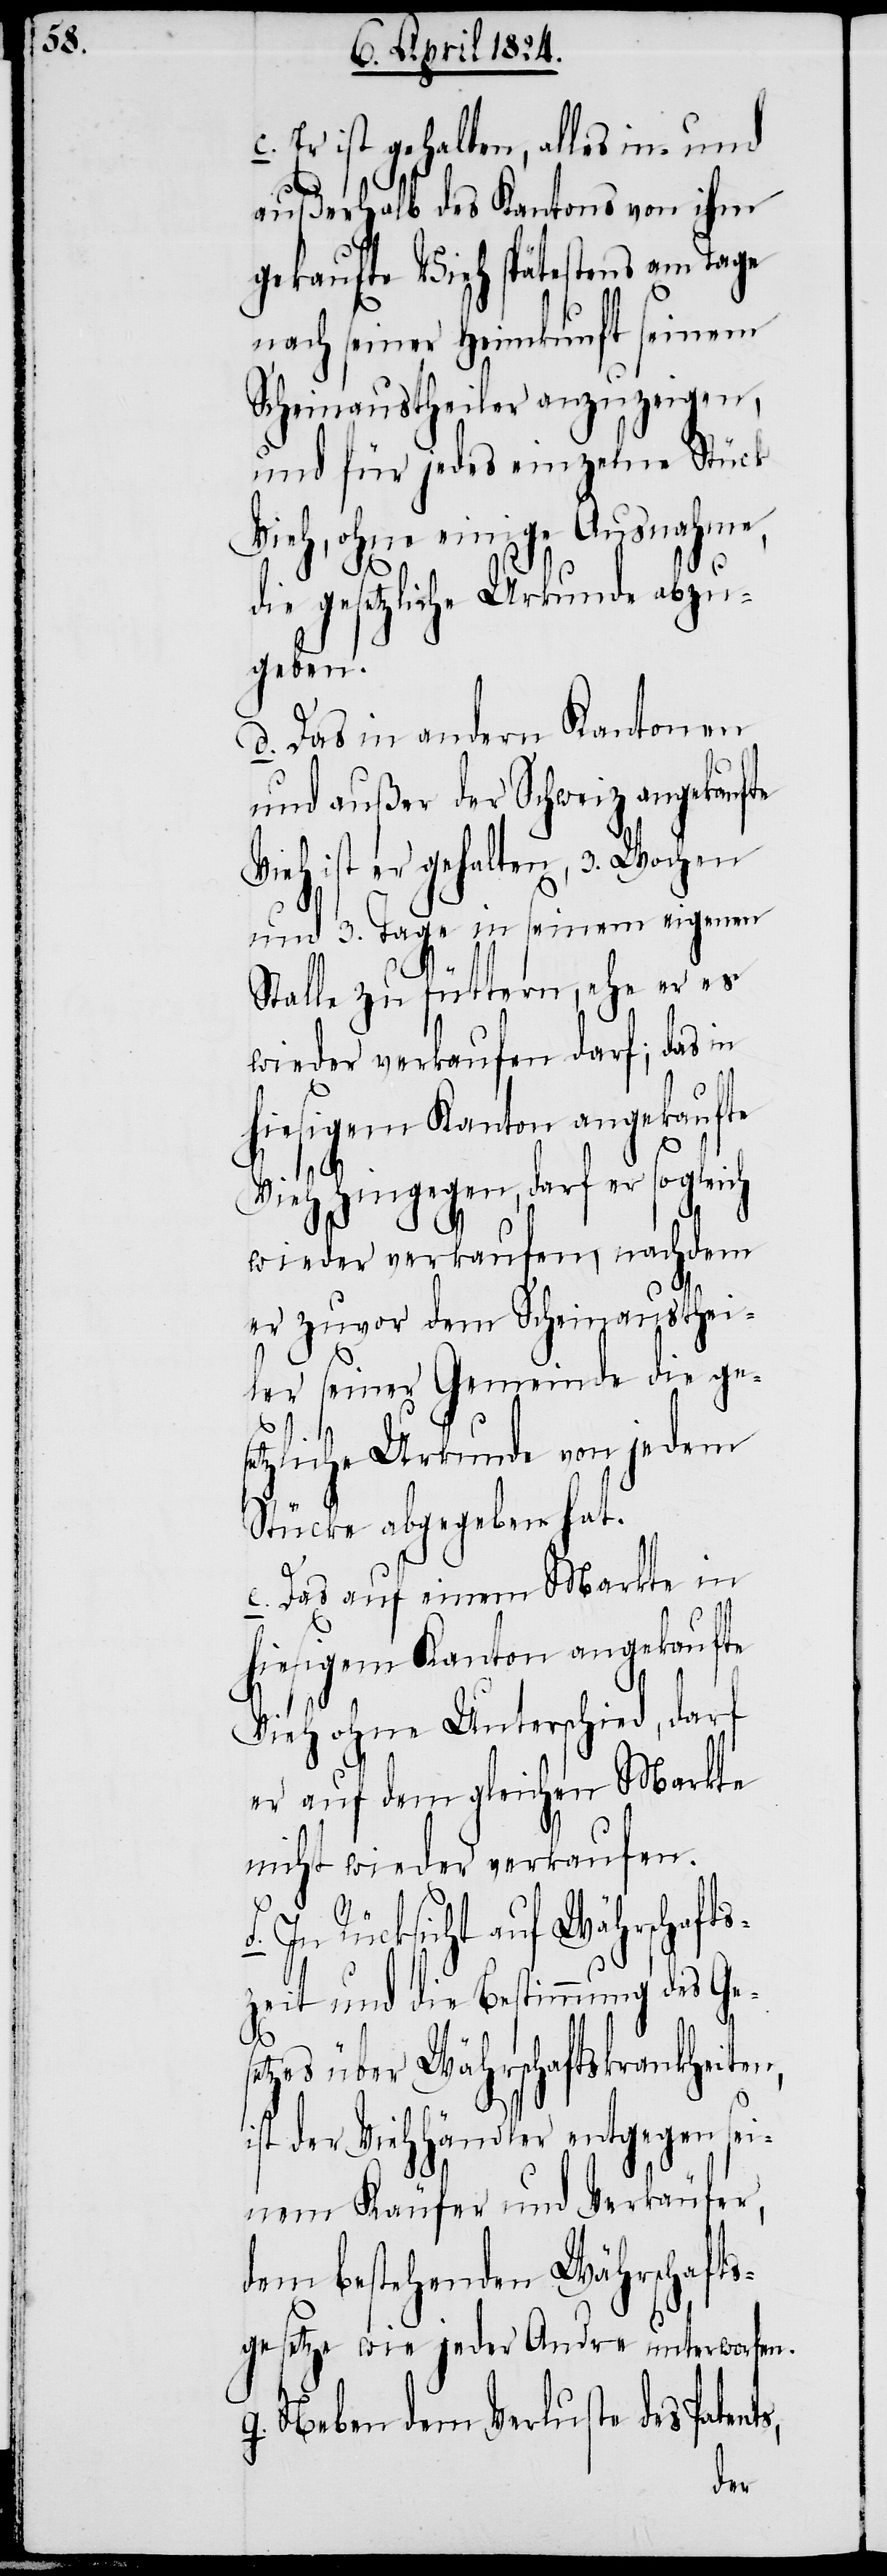
Er ist gehalten, alles in- und
ts,
außerhalb des Kantons von ihm
gekaufte Vieh spätestens am Tage
nach seiner Heimkunft seinem
Scheinaustheiler anzuzeigen,
und für jedes einzelne Stück
Vieh, ohne einige Ausnahme,
die gesetzliche Urkunde abzu¬
geben.
Das in andern Kantonen
und außer der Schweiz angekaufte
Vieh ist er gehalten, 3. Wochen
und 3. Tage in seinem eigenen
Stalle zu füttern, ehe er es
wieder verkaufen darf; das in
hiesigem Kanton angekaufte
c.)
Vieh hingegen, darf er sogleich
wieder verkaufen, nachdem
er zuvor dem Scheinausthei¬
ler seiner Gemeinde die ges¬
etzliche Urkunde von jedem
Stücke abgegeben hat.
e.) Das auf einem Markte in
hiesigem Kanton angekaufte
Vieh ohne Unterschied, darf
er auf dem gleichen Markte
nicht wieder verkaufen.
In Rücksicht auf Währschafts¬
zeit und die Bestimmung des Ges¬
etzes über Währschaftskrankheiten,
ist der Viehhändler entgegen sei¬
nem Käufer und Verkäufer,
dem bestehenden Währschafts¬
gesetze wie jeder Andre unterworfen.
g.) Neben dem Verluste des Paten¬